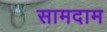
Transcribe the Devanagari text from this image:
सामदाम